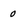
Character: 0